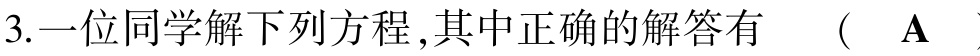
3.一位同学解下列方程,其中正确的解答有 （  A  ）